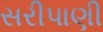
સરીપાણી